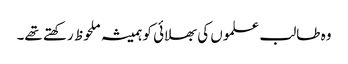
وہ طالب علموں کی بھلائی کو ہمیشہ ملحوظ رکھتے تھے۔